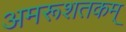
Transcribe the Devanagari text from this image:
अमरूशतकम्